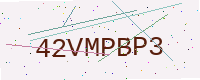
Text: 42VMPBP3